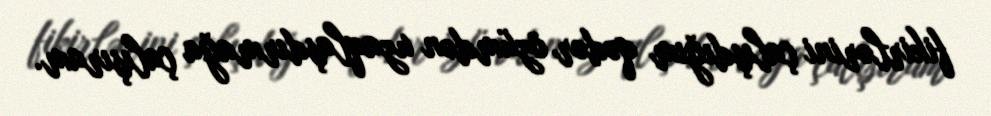
fikirlərini çalışdığım qədər özümdən uzaqlaşdırmağa çalışıram.